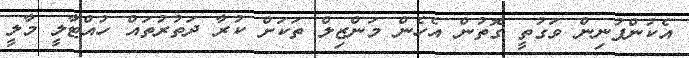
އެކުންފުނިން ވަގުތީ ގޮތުން އެހެން މަންޒިލް ތަކަށް ކުރާ ދަތުރުތައް ހުއްޓާލީ މާލީ